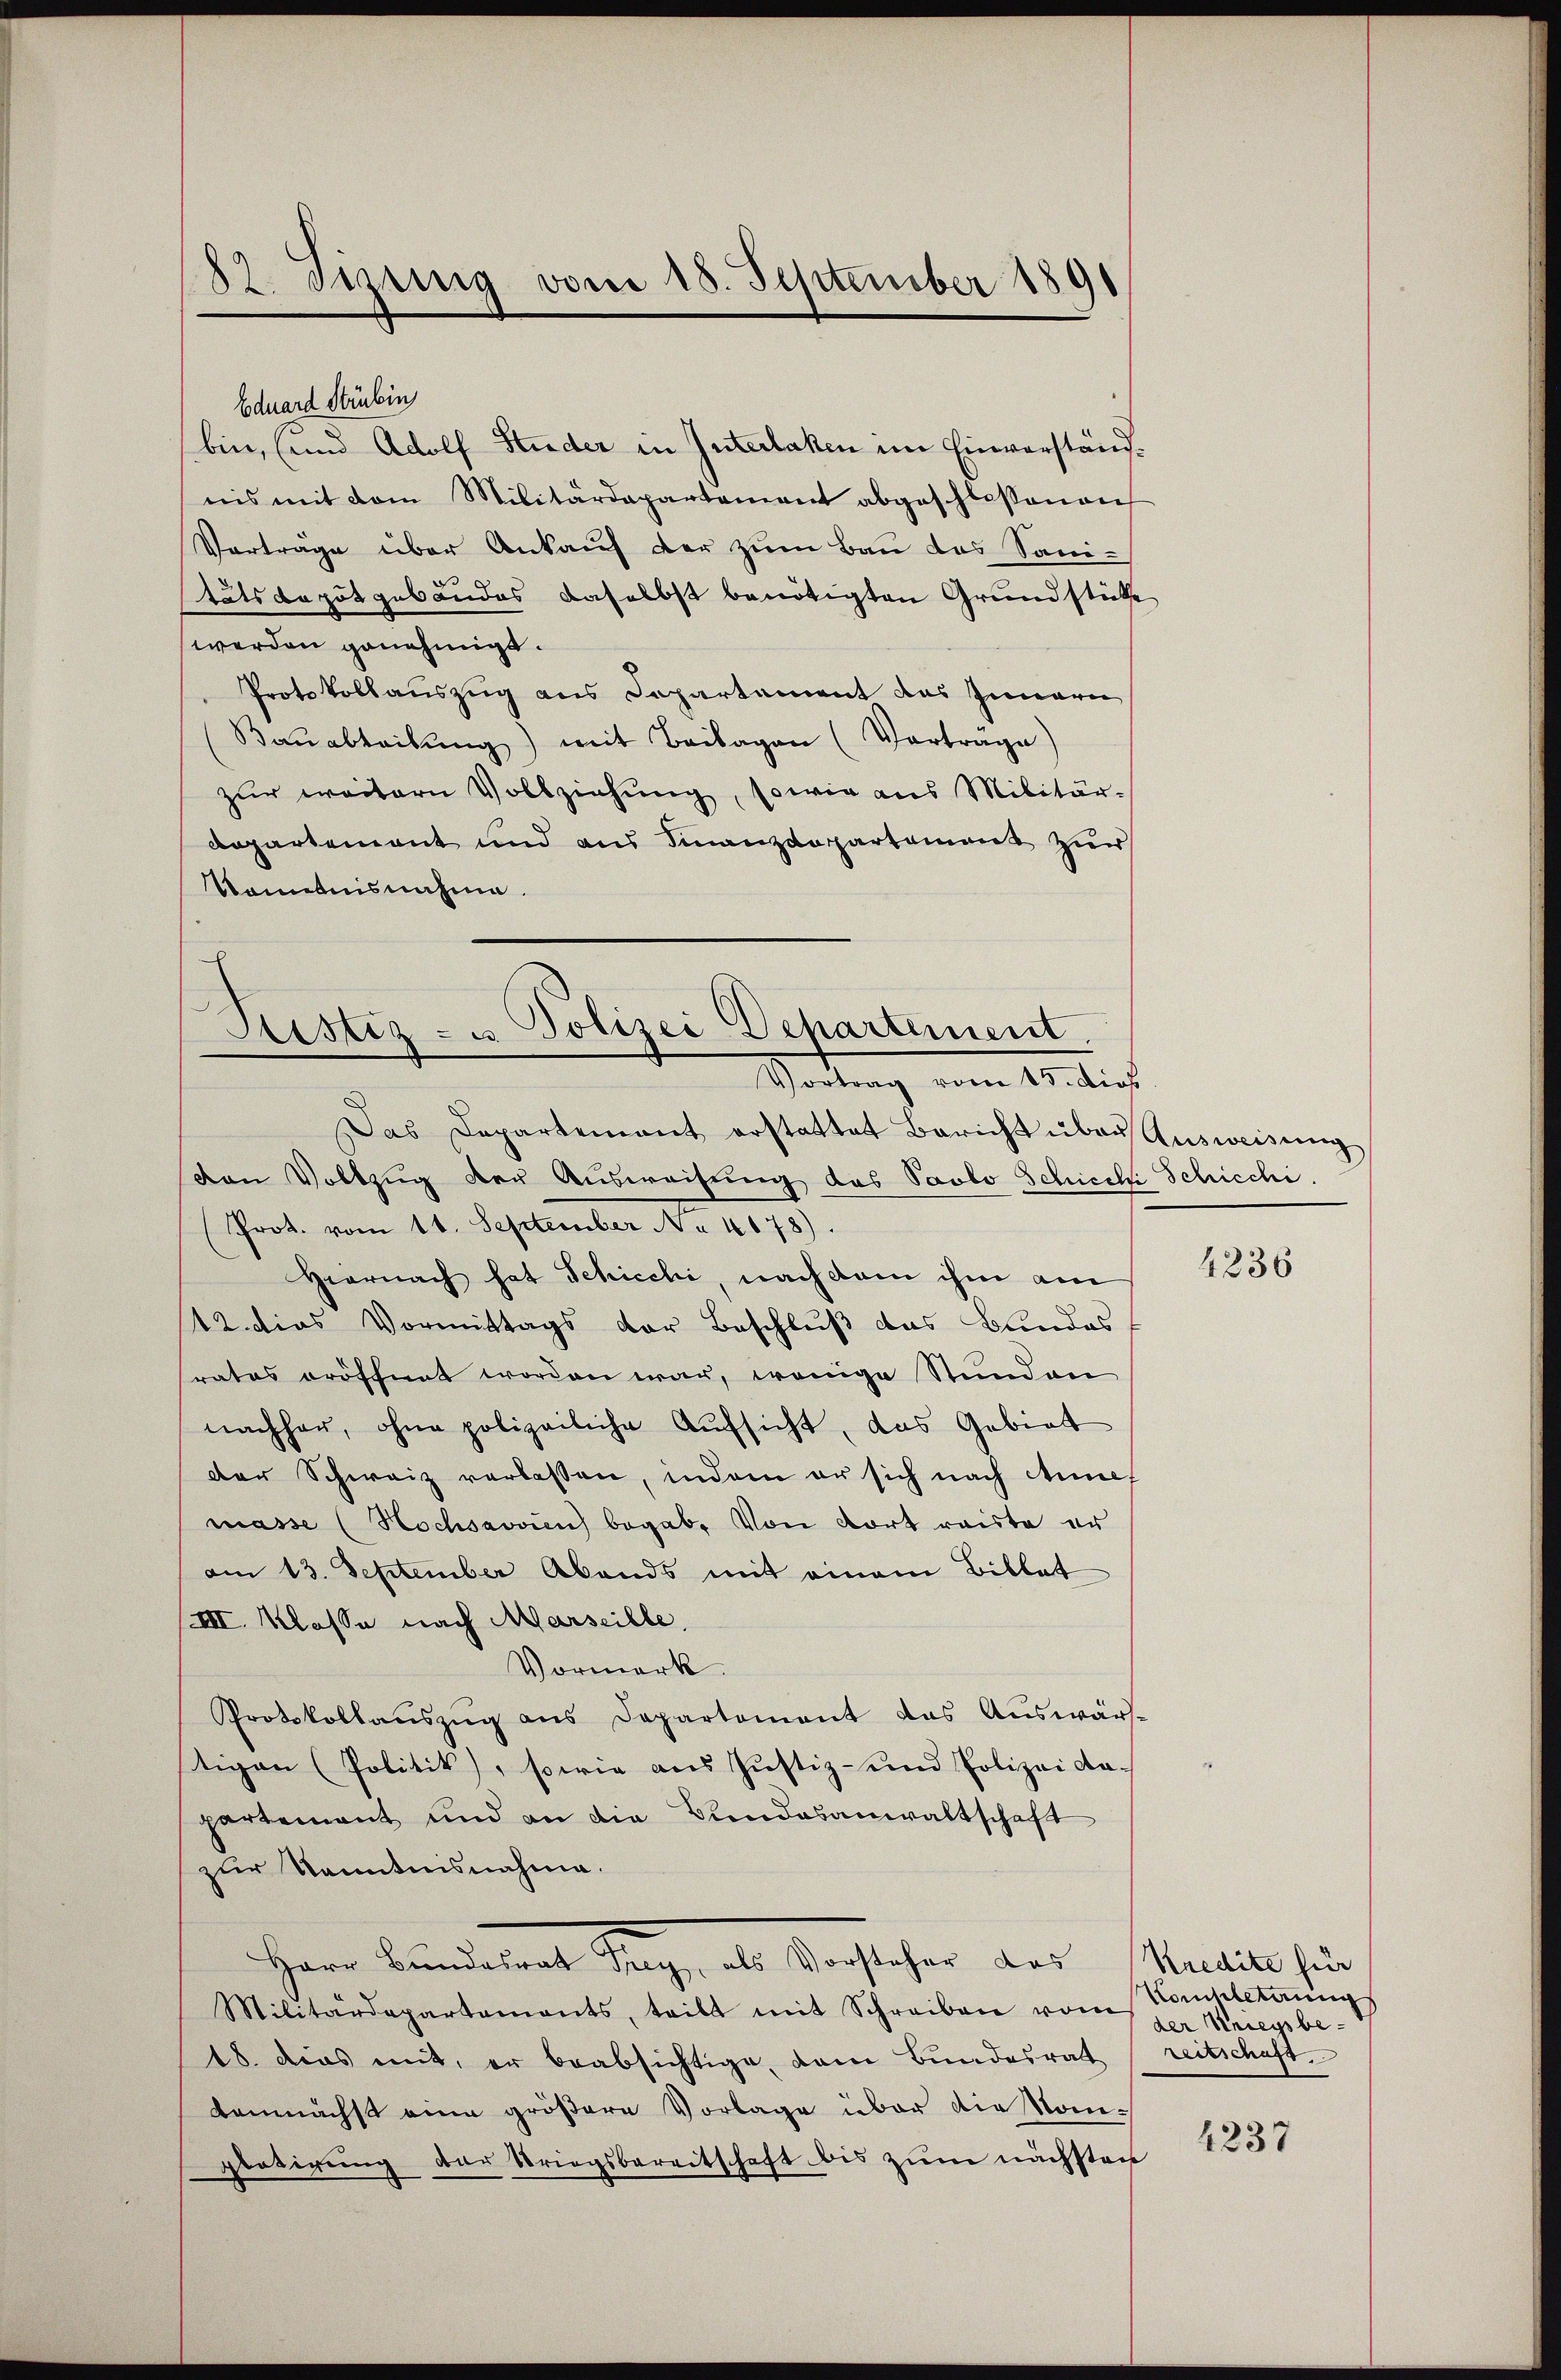
22. Jizinig vom 15. September 1891

Eduard Strubin
bin, (und Adolf Studer in Interlaken im Einverständnis mit dem Militärdepartement abgeschlossenen
Vorträge über Ankauf der zum Bau das Sanitätsdeputgebäudes daselbst benötigten Grundstücke
werden genehmigt.
Protokollauszug aus Departement das Innern
Bauabteilung) mit Beilagen (Vorträge)
zŭr weitern Vollziehŭng, sowie aus Militär-
Departement und aus Finanzdepartement zur
Kenntnisnahme.
d

Justiz- u Polizei Departement.
Sartung vom 10. dies

Das Departement erstattet Bericht über Ausweisŭng
von Vollzug der Ausweisung das Paolo Schiecki Schicchi.
(Prot. vom 11. September No 4678).
Hiernach hat Schicchi, nach dem ihm am
12. dies Vormittags der Beschluß das Bundes
rates eröffnet worden war, wenige Stunden
nachher, ohne polizeiliche Aufsicht, das Gebiet
der Schweiz verlassen, indem er sich nach Annef
masse (Hochsavvin begab. Von dort reiste er
am 13. September Abends mit einem Biblat
III. Klasse nach Marseille
Vormerk.
Protokollaŭszŭg ans Departement das Auswär-
tigen (Politik), sowie aus Justiz- und Polizei da-
partement und an die Bundesanwaltschaft
zur Kenntnisnahme.
Herr Bundetent seyn, als Nachsteher des Meile für
Militärdepartements, teilt mit Schreiben vom Kriegsbe-
18. dies mit, er beabsichtige, dem Bundesrat
demnächst eine größere Vorlage über die Konglotirung der Kriegsbereitschaft bis zum nächsten

4236

Kompletirung
reitschaft

4237